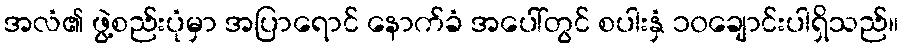
အလံ၏ ဖွဲ့စည်းပုံမှာ အပြာရောင် နောက်ခံ အပေါ်တွင် စပါးနှံ ၁၀ချောင်းပါရှိသည်။